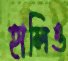
হালিও